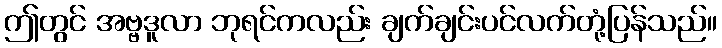
ဤတွင် အဗ္ဗဒူလာ ဘုရင်ကလည်း ချက်ချင်းပင်လက်တုံ့ပြန်သည်။